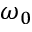
\omega _ { 0 }